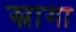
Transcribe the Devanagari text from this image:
स्नागा